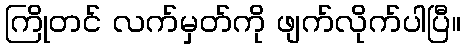
ကြိုတင် လက်မှတ်ကို ဖျက်လိုက်ပါပြီ။